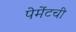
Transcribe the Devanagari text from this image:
पेमेंटची